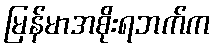
မြန်မာအစိုးရဘက်က